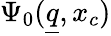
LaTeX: \Psi_{0}(\underline{{q}},x_{c})